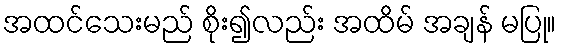
အထင်သေးမည် စိုး၍လည်း အထိမ် အချန် မပြု။